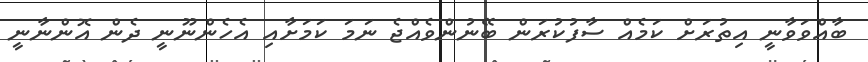
ބާއްވަވާނީ އިތުރަށް ކަމެއް ސާފުކުރަން ބޭނުންވެއްޖެ ނަމަ ކަމަށާއި އެހެންނޫނީ ދެން އޮންނާނީ